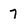
Character: 7